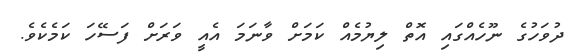
ދުވަހުގެ ނޫހެއްގައި އޮތް ލިޔުމެއް ކަމަށް ވާނަމަ އެއީ ވަރަށް ފަސޭހަ ކަމެކެވެ.